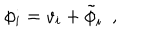
\phi _ { i } = v _ { i } + \tilde { \phi } _ { i } ~ ~ ,